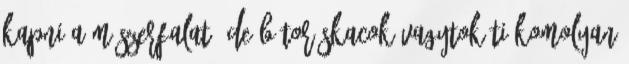
kapni a műszerfalat. De bátor skacok vagytok Ti komolyan